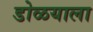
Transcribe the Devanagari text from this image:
डोळयाला